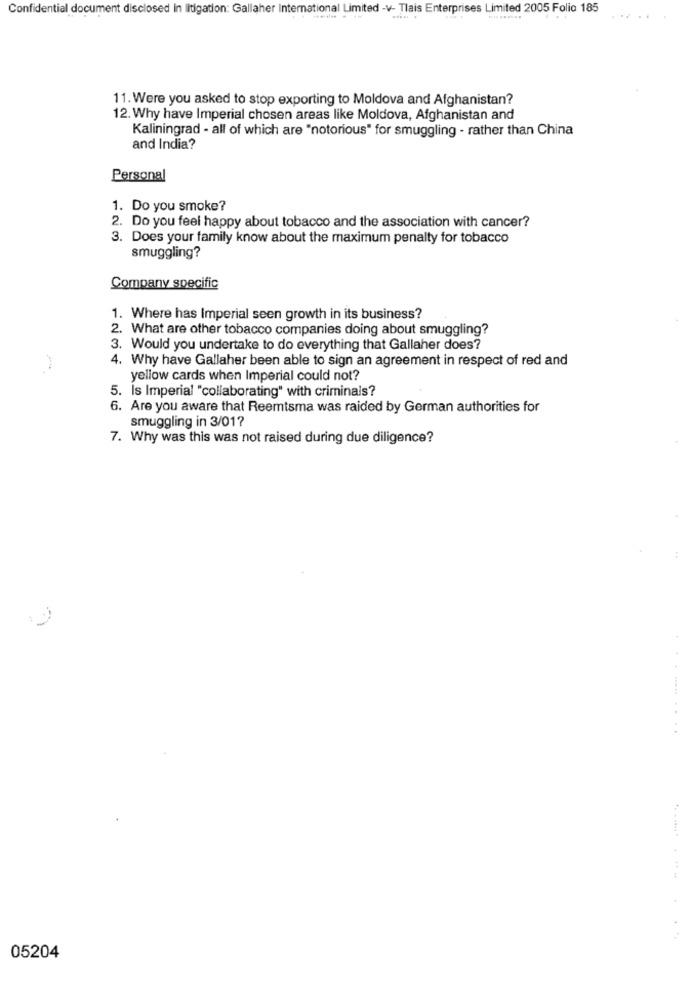
Confidential document disclosed in litigation: Gallaher International Limited -v- Tlais Enterprises Limited 2005 Folio 185
11.Were you asked to stop exporting to Moldova and Afghanistan?
12. Why have Imperial chosen areas like Moldova, Afghanistan and
Kaliningrad - all of which are "notorious" for smuggling - rather than China
and India?
Personal
1. Do you smoke?
2. Do you feel happy about tobacco and the association with cancer?
3. Does your family know about the maximum penalty for tobacco
smuggling?
Company specific
1. Where has Imperial seen growth in its business?
2. What are other tobacco companies doing about smuggling?
3. Would you undertake to do everything that Gallaher does?
4. Why have Gallaher been able to sign an agreement in respect of red and
yellow cards when Imperial could not?
5. Is Imperial "collaborating" with criminals?
6. Are you aware that Reemtsma was raided by German authorities for
smuggling in 3/01?
7. Why was this was not raised during due diligence?
....
05204